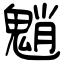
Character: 魈